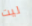
ليت